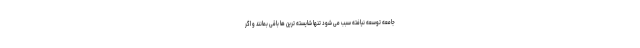
جامعه توسعه نیافته سبب می شود تنها شایسته ترین ها باقی بمانند و اگر